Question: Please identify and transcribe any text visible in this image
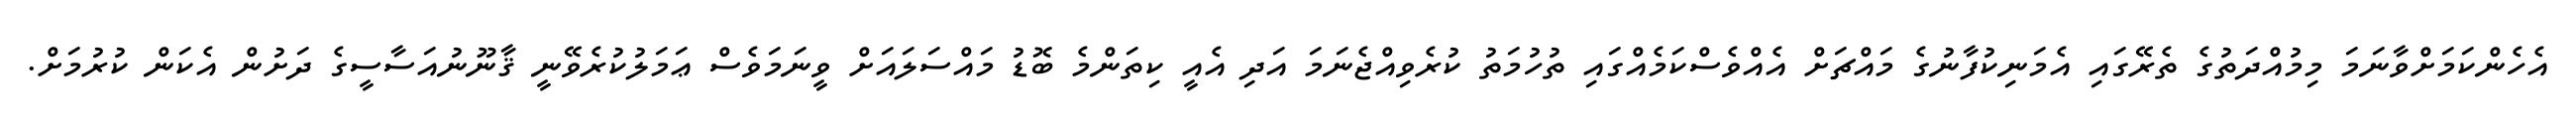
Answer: އެހެންކަމަށްވާނަމަ މިމުއްދަތުގެ ތެރޭގައި އެމަނިކުފާނުގެ މައްޗަށް އެއްވެސްކަމެއްގައި ތުހުމަތު ކުރެވިއްޖެނަމަ އަދި އެއީ ކިތަންމެ ބޮޑު މައްސަލައަށް ވީނަމަވެސް ޢަމަލުކުރެވޭނީ ޤާނޫނުއަސާސީގެ ދަށުން އެކަން ކުރުމަށް.